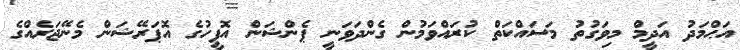
އަޙްމަދު އަދީމް މިވަގުތު މަސައްކަތް ކުރައްވަމުން ގެންދަވަނީ ޕެންޝަން އޮފީހުގެ އޮޕަރޭޝަން މެނޭޖަރެއްގެ